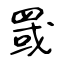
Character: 罭